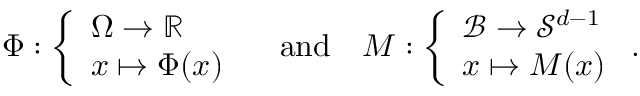
\Phi : \left\{ \begin{array} { l } { { \Omega } \rightarrow \mathbb { R } } \\ { { \boldsymbol { x } } \mapsto \Phi ( { \boldsymbol { x } } ) } \end{array} \right. \quad \mathrm { a n d } \quad { \boldsymbol { M } } : \left\{ \begin{array} { l } { { \mathcal { B } } \rightarrow { \mathcal { S } } ^ { d - 1 } } \\ { { \boldsymbol { x } } \mapsto { \boldsymbol { M } } ( { \boldsymbol { x } } ) } \end{array} \right. .